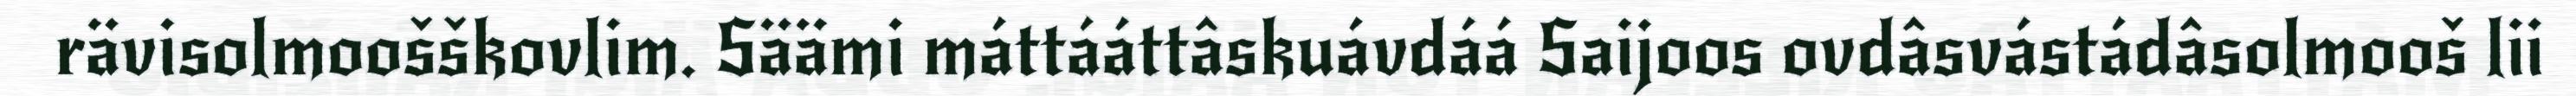
rävisolmoošškovlim. Säämi máttááttâskuávdáá Saijoos ovdâsvástádâsolmooš lii